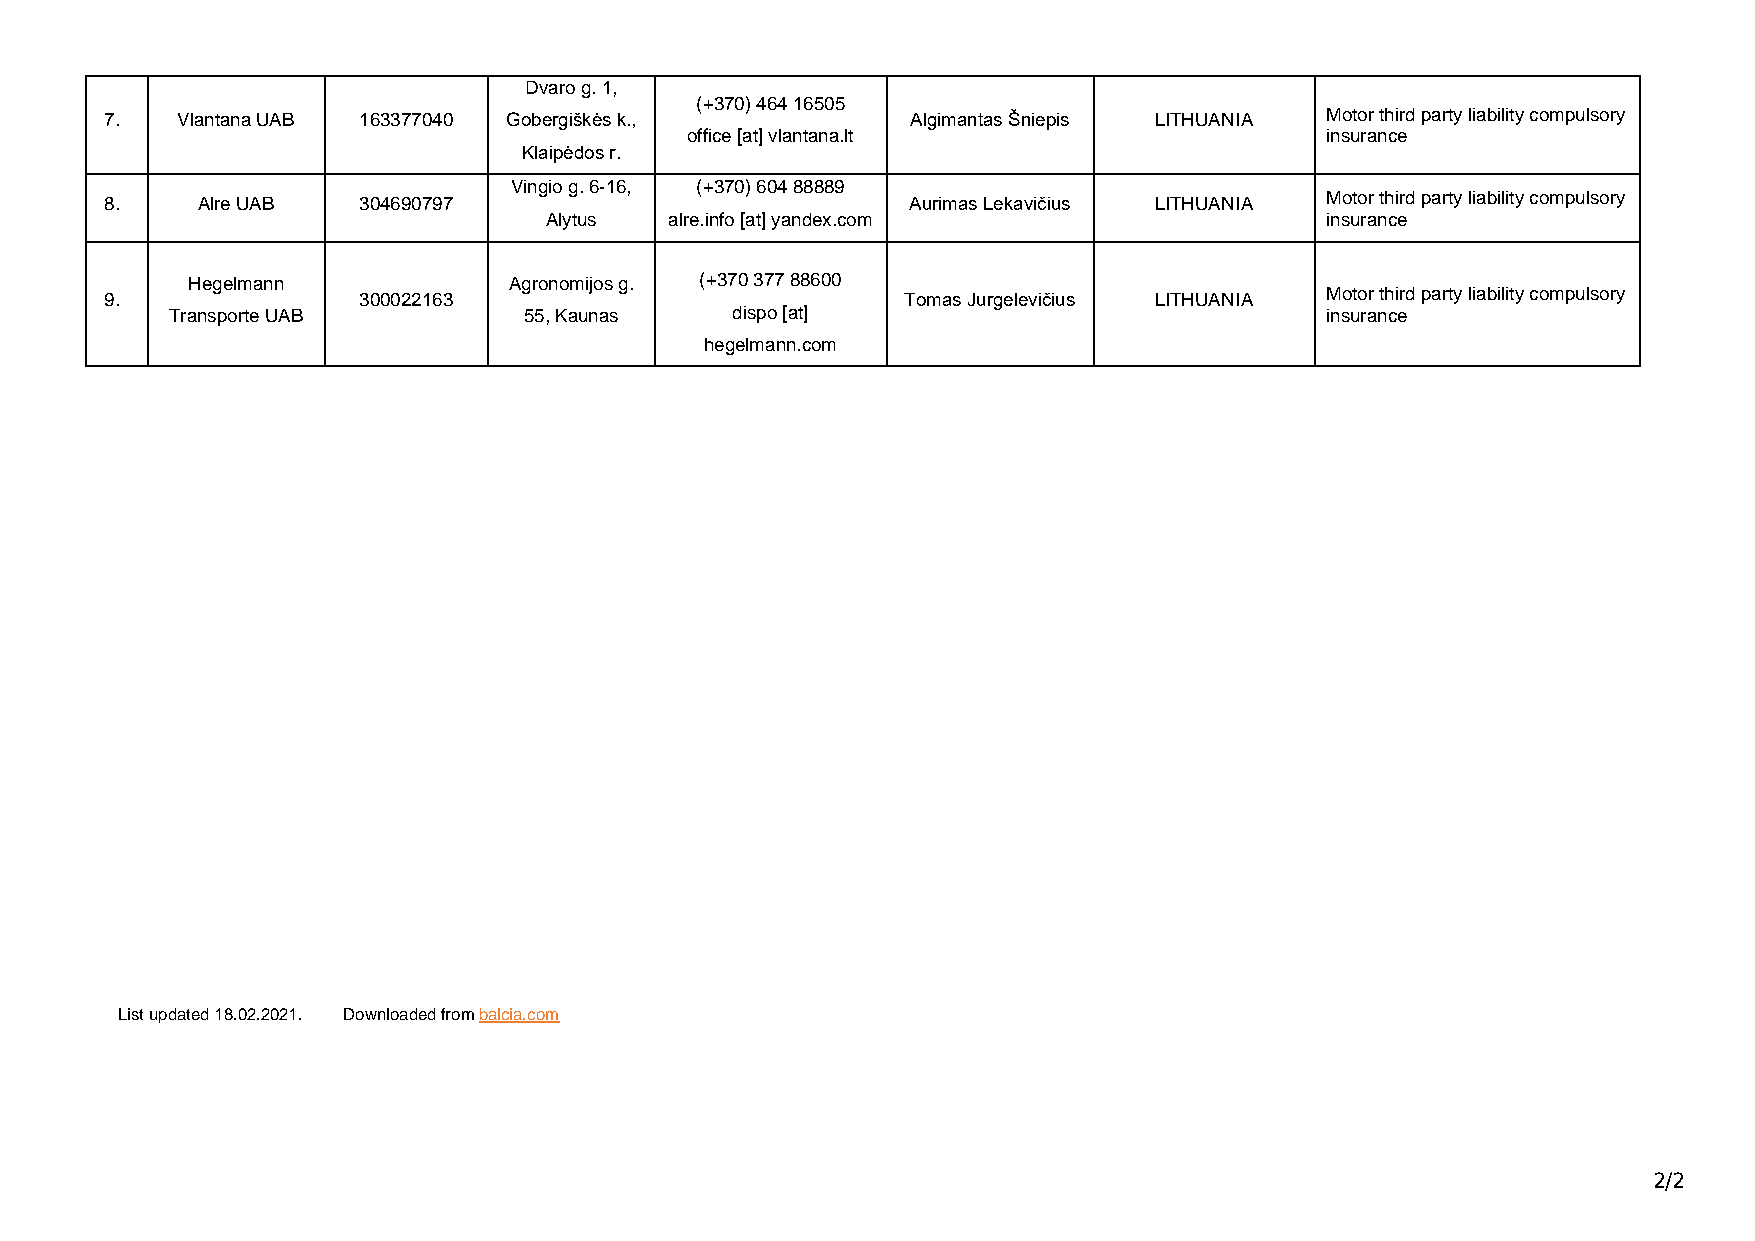
Dvaro g. 1,
 (+370) 464 16505
 7.   Vlantana UAB 163377040 Gobergiškės k.,          Algimantas Šniepis LITHUANIA Motor third party liability compulsory
 office [at] vlantana.lt                    insurance
 Klaipėdos r.
 Vingio g. 6-16, (+370) 604 88889
 8.    Alre UAB   304690797                           Aurimas Lekavičius LITHUANIA Motor third party liability compulsory
 Alytus  alre.info [at] yandex.com                   insurance
 Hegelmann             Agronomijos g. (+370 377 88600
 9.               300022163                           Tomas Jurgelevičius LITHUANIA Motor third party liability compulsory
 Transporte UAB          55, Kaunas   dispo [at]                              insurance
 hegelmann.com
 List updated 18.02.2021. Downloaded from balcia.com
 2/2